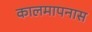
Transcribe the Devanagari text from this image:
कालमापनास